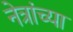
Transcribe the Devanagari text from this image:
नेत्रांच्या